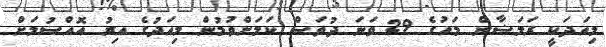
މިއަދަކީ ރަމަޟާން މަހުގެ 29 ވަނަ ދުވަސް ކަމަށްވުމުން މިއަދުގެ އިރު އޮއްސުމަށް